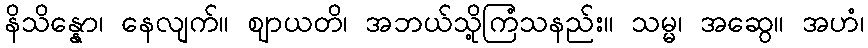
နိသိန္နော၊ နေလျက်။ ဈာယတိ၊ အဘယ်သို့ကြံသနည်း။ သမ္မ၊ အဆွေ။ အဟံ၊